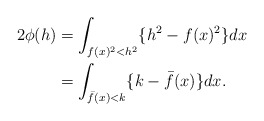
\begin{align*} \begin{aligned} 2\phi(h)&=\int_{f(x)^2<h^2}\{h^2-f(x)^2\}dx\\ &=\int_{\bar{f}(x)<k}\{k-\bar{f}(x)\}dx. \end{aligned} \end{align*}